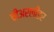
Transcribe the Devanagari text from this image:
चीअरलीडर